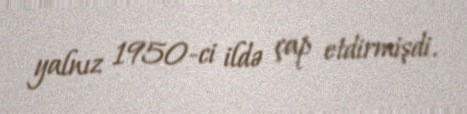
yalnız 1950-ci ildə çap etdirmişdi.